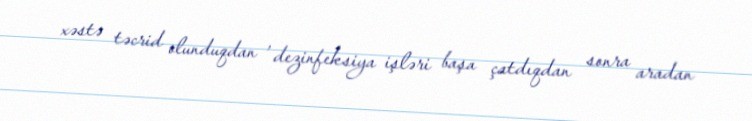
xəstə təcrid olunduqdan , dezinfeksiya işləri başa çatdıqdan sonra aradan